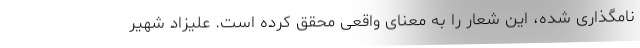
نامگذاری شده، این شعار را به معنای واقعی محقق کرده است. علیزاد شهیر